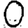
Digit: 0